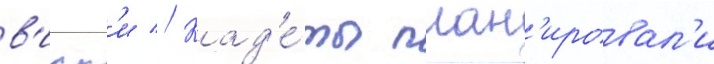
в'иск'и // Кад'е́ты план'ировал'и